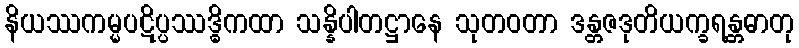
နိယဿကမ္မပဋိပ္ပဿဒ္ဓိကထာ သန္နိပါတဋ္ဌာနေ သုတဝတာ ဒန္တဇဒုတိယက္ခရန္တဓာတု